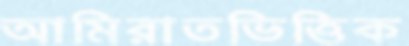
আমিরাতভিত্তিক